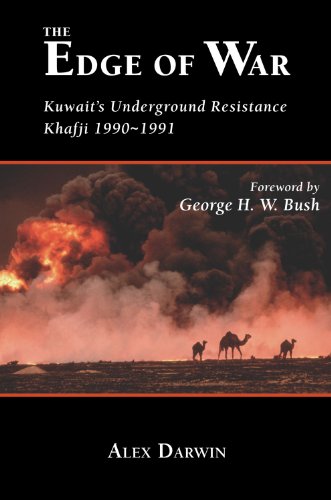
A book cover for The Edge of War: KuwaitiEEs Underground Resistance, Khafji 1990-1991; Alex Darwin; History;